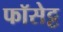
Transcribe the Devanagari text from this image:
फॉसेट्ट